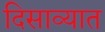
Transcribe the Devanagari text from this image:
दिसाव्यात